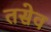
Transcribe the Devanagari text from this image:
तसेव